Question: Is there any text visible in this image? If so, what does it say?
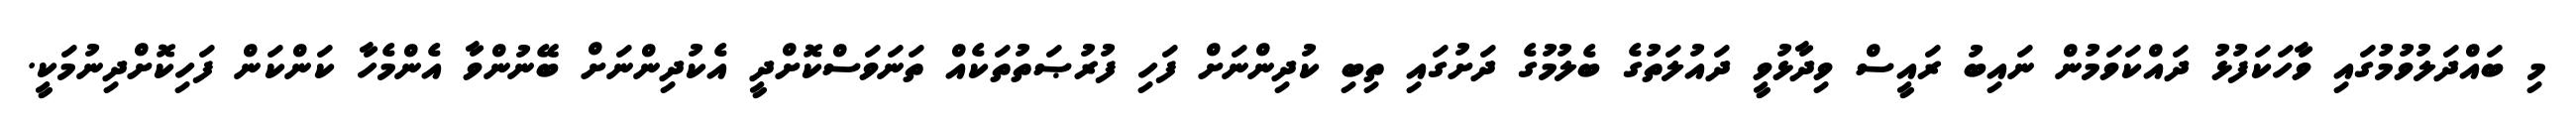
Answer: މި ބައްދަލުވުމުގައި ވާހަކަފުޅު ދައްކަވަމުން ނައިބު ރައީސް ވިދާޅުވީ ދައުލަތުގެ ބެލުމުގެ ދަށުގައި ތިބި ކުދިންނަށް ފަހި ފުރުޞަތުތަކެއް ތަނަވަސްކޮށްދީ އެކުދިންނަށް ބޭނުންވާ އެންމެހާ ކަންކަން ފަހިކޮށްދިނުމަކީ.